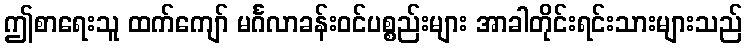
ဤစာရေးသူ ထက်ကျော် မင်္ဂလာခန်းဝင်ပစ္စည်းများ အာခါတိုင်းရင်းသားများသည်